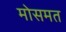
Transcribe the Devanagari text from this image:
मोसमत